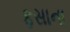
ફસાના